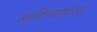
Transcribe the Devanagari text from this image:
आदिलाबदला